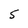
Character: 5